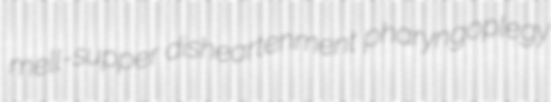
mell-supper disheartenment pharyngoplegy